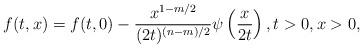
LaTeX: \begin{align*} f(t,x) = f(t, 0) - \frac{x^{1 - m / 2} }{(2t)^{(n- m )/2}} \psi \left(\frac{x}{2t}\right), t > 0, x > 0,\end{align*}